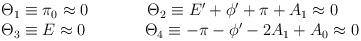
LaTeX: \begin{align*}\begin{array}{l} \Theta_1 \equiv \pi_0 \approx 0 \hspace{1.5cm} \Theta_2\equiv E' + \phi' + \pi + A_1 \approx 0 \\ \Theta_3 \equiv E\approx 0 \hspace{1.5cm} \Theta_4 \equiv -\pi - \phi' - 2A_1 + A_0 \approx 0 \end{array} \end{align*}